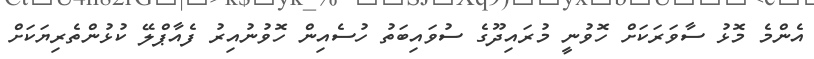
އެންމެ މޮޅު ސާވަރަކަށް ހޮވުނީ މުރައިދޫގެ ސުވައިބަތު ހުސެއިން ހޮވުނުއިރު ފެއާޕްލޭ ކުޅުންތެރިޔަކަށް